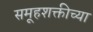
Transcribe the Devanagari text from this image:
समूहशक्तीच्या